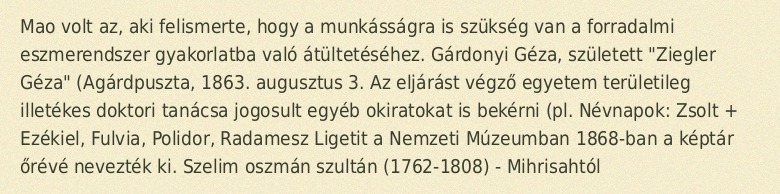
Mao volt az, aki felismerte, hogy a munkásságra is szükség van a forradalmi eszmerendszer gyakorlatba való átültetéséhez. Gárdonyi Géza, született "Ziegler Géza" (Agárdpuszta, 1863. augusztus 3. Az eljárást végző egyetem területileg illetékes doktori tanácsa jogosult egyéb okiratokat is bekérni (pl. Névnapok: Zsolt + Ezékiel, Fulvia, Polidor, Radamesz Ligetit a Nemzeti Múzeumban 1868-ban a képtár őrévé nevezték ki. Szelim oszmán szultán (1762-1808) - Mihrisahtól